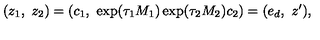
( z _ { 1 } , \ z _ { 2 } ) = ( c _ { 1 } , \ \exp ( \tau _ { 1 } M _ { 1 } ) \exp ( \tau _ { 2 } M _ { 2 } ) c _ { 2 } ) = ( e _ { d } , \ z ^ { \prime } ) ,